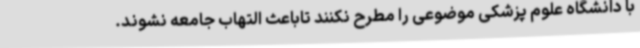
با دانشگاه علوم پزشکی موضوعی را مطرح نکنند تاباعث التهاب جامعه نشوند.